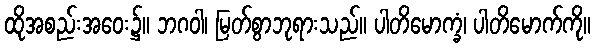
ထိုအစည်းအဝေး၌။ ဘဂဝါ၊ မြတ်စွာဘုရားသည်။ ပါတိမောက္ခံ၊ ပါတိမောက်ကို။